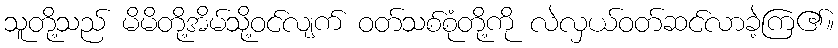
သူတို့သည် မိမိတို့အိမ်သို့ဝင်လျက် ဝတ်သစ်စုံတို့ကို လဲလှယ်ဝတ်ဆင်လာခဲ့ကြ၏။